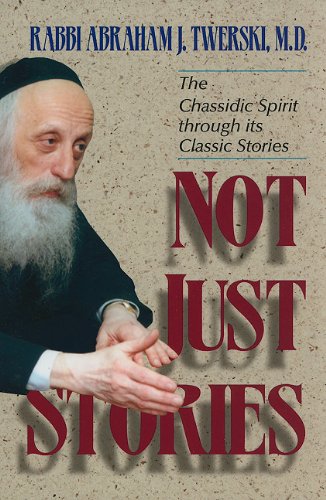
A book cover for Not Just Stories: The Chassidic Spirit Through Its Classic Stories; Abraham J. Twerski; Religion & Spirituality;